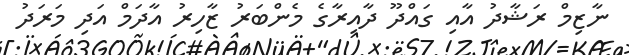
ނާޒިމް ރަޝާދު އާއި ގައްދޫ ދާއިރާގެ މެންބަރު ޒާހިރު އާދަމް އަދި މަރަދު